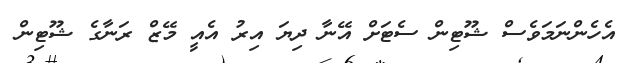
އެހެންނަމަވެސް ޝޫޓިން ސެޓަށް އޭނާ ދިޔަ އިރު އެއީ މޭޒް ރަނާގެ ޝޫޓިން